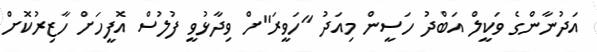
އަދުނާންގެ ވަކީލް އަބްދު ހަސީން މިއަދު "ހަވީރަ"ށް ވިދާޅުވީ ފުލުސް އޮފީހަށް ހާޒިރުކޮށް